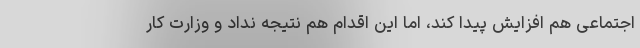
اجتماعی هم افزایش پیدا کند، اما این اقدام هم نتیجه نداد و وزارت کار